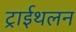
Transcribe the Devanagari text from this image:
ट्राईथलन